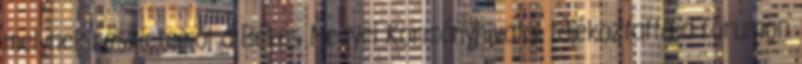
melynek részleteiről a Békés Megyei Kormányhivatal tájékoztatta a fórumon